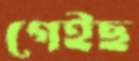
গেইছ